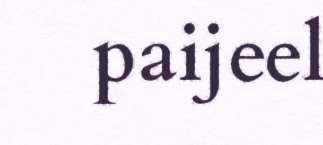
paijeel